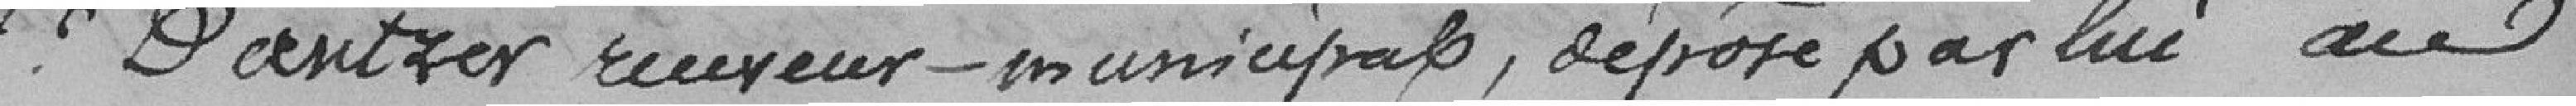
Sieur Dantzer receveur municipal, déposé par lui au